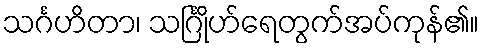
သင်္ဂဟိတာ၊ သင်္ဂြိုဟ်ရေတွက်အပ်ကုန်၏။